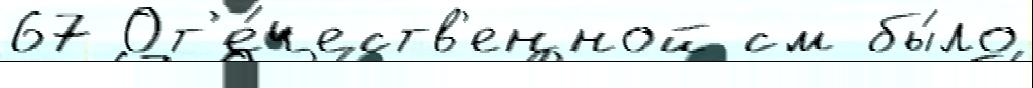
67 От'е́честв'енной см бы́ло